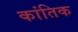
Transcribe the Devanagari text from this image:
कांतिक